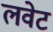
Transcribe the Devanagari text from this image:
लवेट